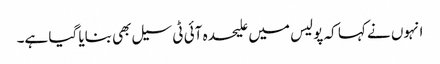
انہوں نے کہا کہ پولیس میں علیحدہ آئی ٹی سیل بھی بنایا گیا ہے۔